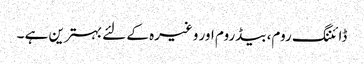
ڈائننگ روم، بیڈروم اور وغیرہ کے لئے بہترین ہے ۔